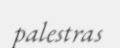
palestras